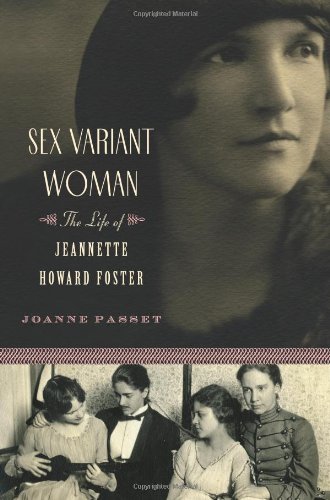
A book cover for Sex Variant Woman: The Life of Jeanette Howard Foster; Joanne Passet; Gay & Lesbian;